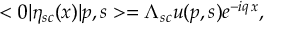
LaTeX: < 0 | \eta _ { s c } ( x ) | p , s > = \Lambda _ { s c } u ( p , s ) e ^ { - i q \, x } ,